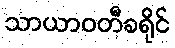
သာယာဝတီခရိုင်